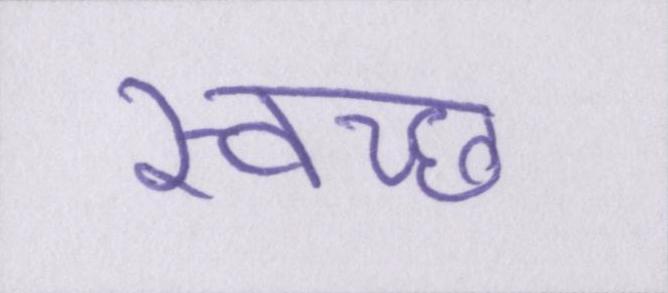
स्वच्छ